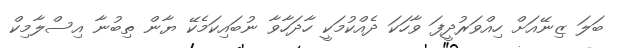
ބަލަ ޒިނޭއަށް ހިއްވަރުދީފަ ވާހަކަ ދެއްކުމަކީ ހާދަހާވާ ނުބައިކަމެކޭ ޔާން ތިބުނާ އިސްލާމިކް